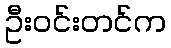
ဦးဝင်းတင်က